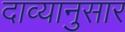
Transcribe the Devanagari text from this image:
दाव्यानुसार